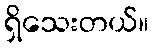
ရှိသေးတယ်။